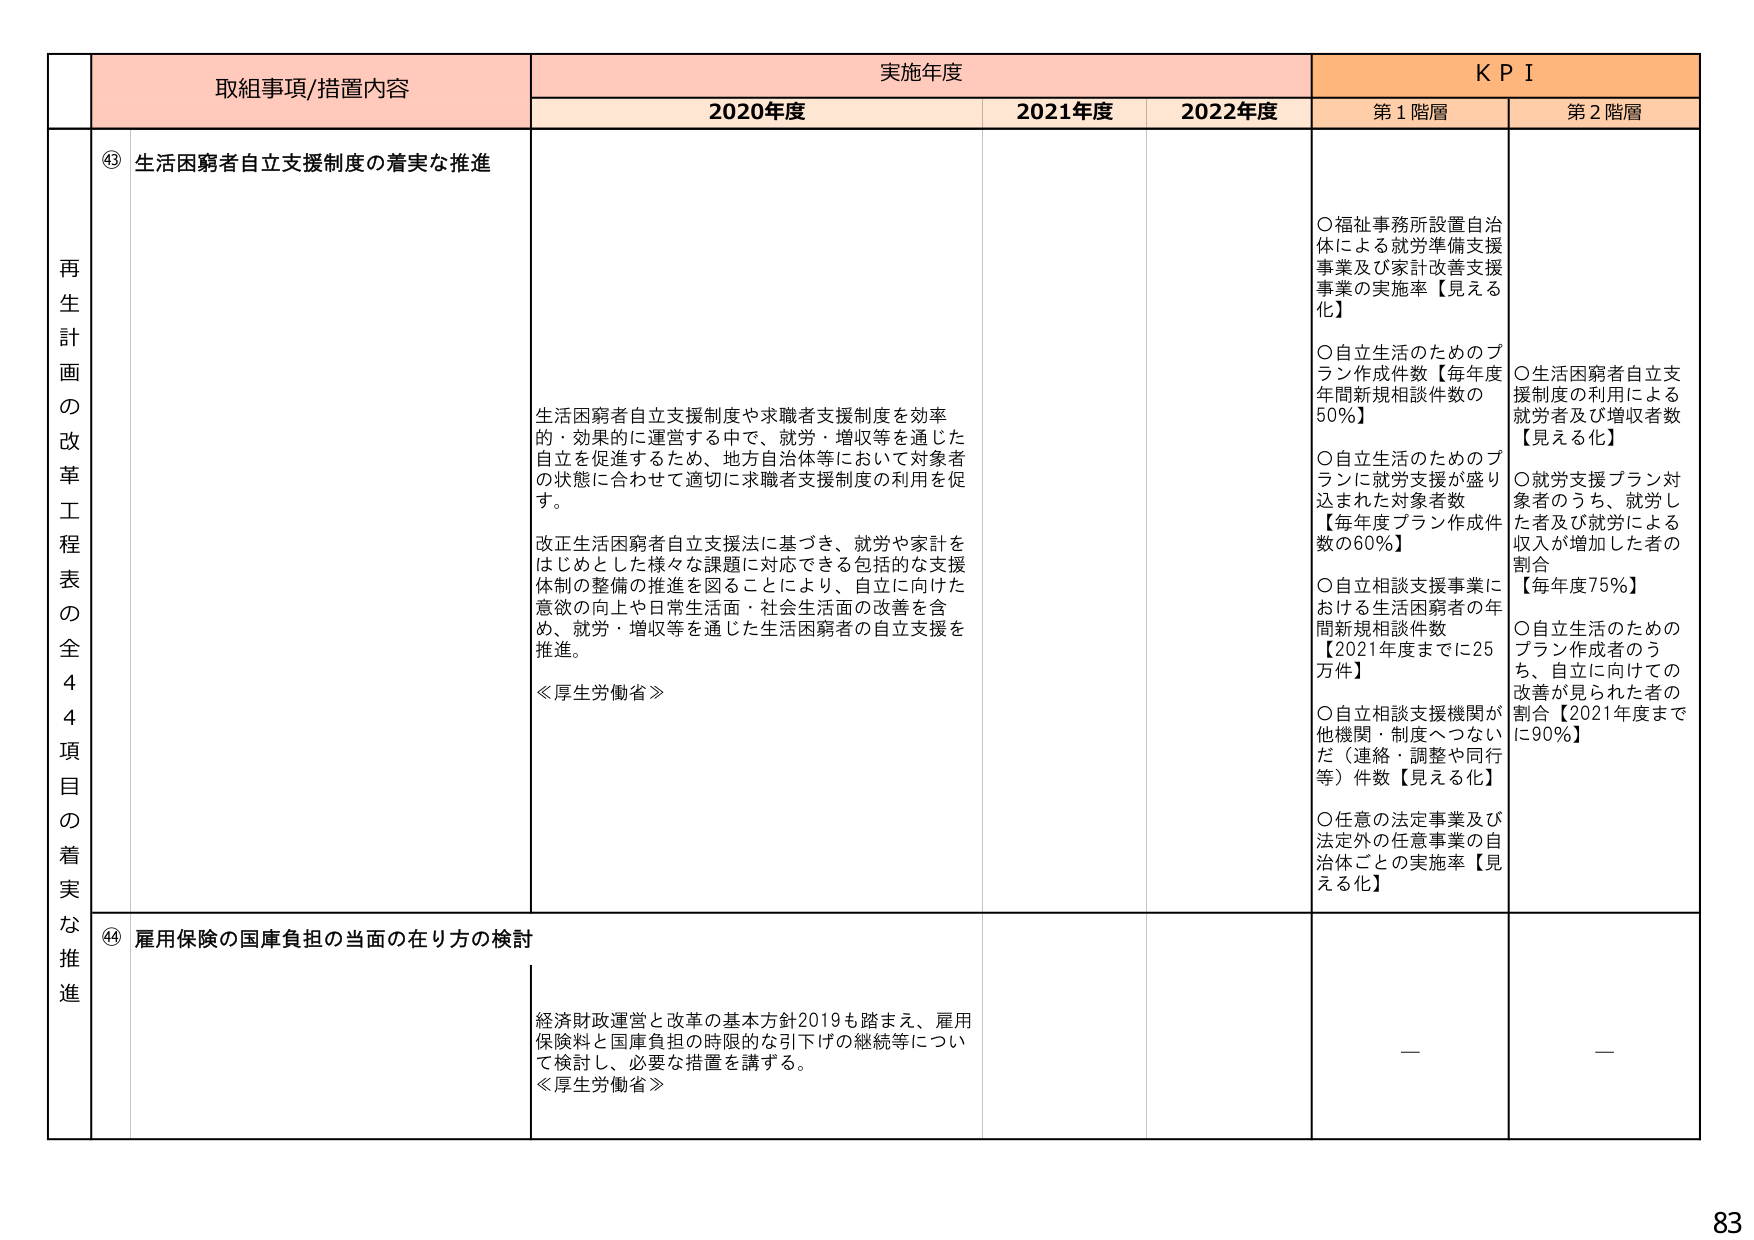
再生計画の改革工程表の全44項目の着実な推進

取組事項/措置内容
④③ 生活困窮者自立支援制度の着実な推進

実施年度
2020年度
生活困窮者自立支援制度や求職者支援制度を効率的・効果的に運営する中で、就労・増収等を通じた自立を促進するため、地方自治体等において対象者の状態に合わせて適切に求職者支援制度の利用を促す。
改正生活困窮者自立支援法に基づき、就労や家計をはじめとした様々な課題に対応できる包括的な支援体制の整備の推進を図ることにより、自立に向けた意欲の向上や日常生活面・社会生活面の改善を含め、就労・増収等を通じた生活困窮者の自立支援を推進。
≪厚生労働省≫

2021年度
2022年度

ＫＰＩ
第1階層
○福祉事務所設置自治体による就労準備支援事業及び家計改善支援事業の実施率【見える化】
○自立生活のためのプラン作成件数【毎年度年間新規相談件数の50％】
○自立生活のためのプランに就労支援が盛り込まれた対象者数【毎年度プラン作成件数の60％】
○自立相談支援事業における生活困窮者の年間新規相談件数【2021年度までに25万件】
○自立相談支援機関が他機関・制度へつながだ（連絡・調整や同行等）件数【見える化】
○任意の法定事業及び法定外の任意事業の自治体ごとの実施率【見える化】

第2階層
○生活困窮者自立支援制度の利用による就労者及び増収者数【見える化】
○就労支援プラン対象者のうち、就労した者及び就労による収入が増加した者の割合【毎年度75％】
○自立生活のためのプラン作成者のうち、自立に向けての改善が見られた者の割合【2021年度までに90％】

④④ 雇用保険の国庫負担の当面の在り方の検討
経済財政運営と改革の基本方針2019も踏まえ、雇用保険料と国庫負担の時限的な引下げの継続等について検討し、必要な措置を講ずる。
≪厚生労働省≫

—
—

83